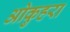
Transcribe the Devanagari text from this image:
ओकुहरा